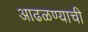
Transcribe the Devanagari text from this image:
आढळण्याची